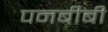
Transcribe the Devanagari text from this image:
पनबीबी